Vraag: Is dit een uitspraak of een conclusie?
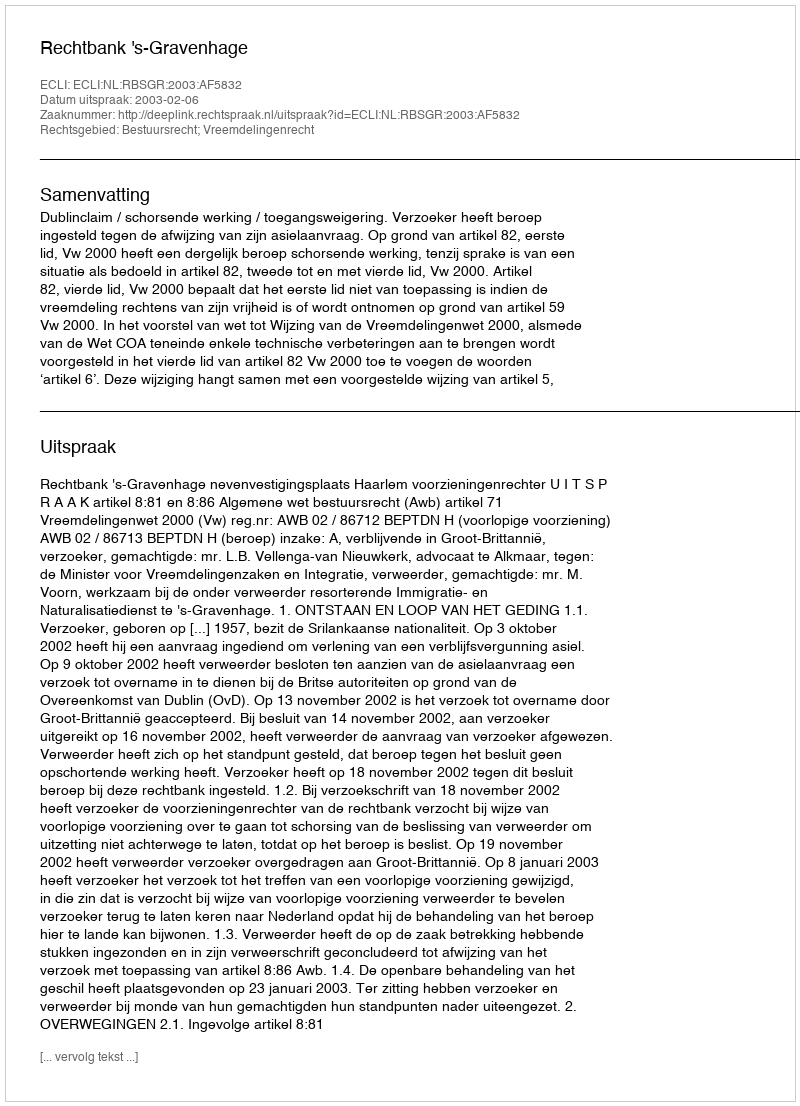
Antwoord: Uitspraak